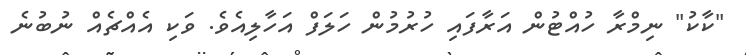
"ކާކު" ނިމްރާ ހުއްޓުން އަރާފައި ހުރުމުން ހަލަފް އަހާލިއެވެ. ވަކި އެއްޗެއް ނުބުނެ